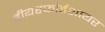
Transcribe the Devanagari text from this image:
हीयरफोर्डशायर